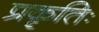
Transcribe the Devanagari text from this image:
प्रकृतिः